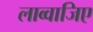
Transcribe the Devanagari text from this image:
लाव्वाजिए